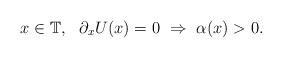
LaTeX: \begin{align*} x\in \mathbb T, \ \ \partial_x U(x)=0 \ \Rightarrow \ \alpha(x) >0.\end{align*}